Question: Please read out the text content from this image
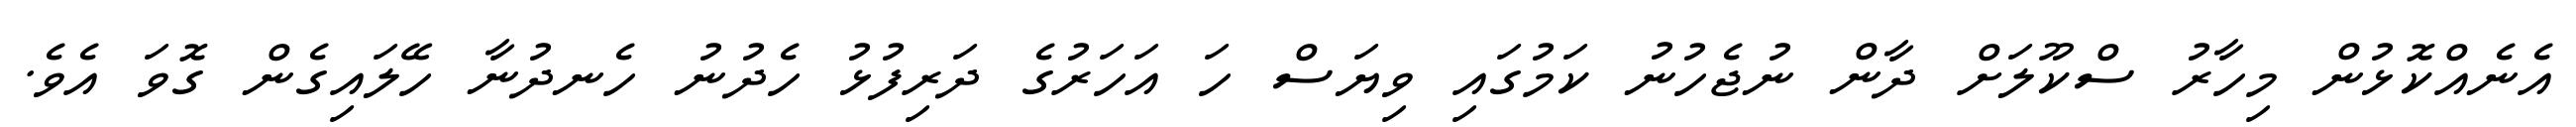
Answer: އެނެއްކޮޅުން މިހާރު ސްކޫލަށް ދާން ނުޖެހުނު ކަމުގައި ވިޔަސް ހަ އަހަރުގެ ދަރިފުޅު ހެދުނު ހެނދުނާ ހޭލައިގެން ގޮވަ އެވެ.